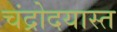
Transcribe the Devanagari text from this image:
चंद्रोदयास्त